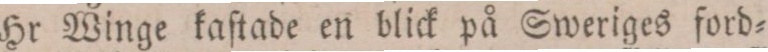
Hr Winge kaſtade en blick på Sweriges ford=